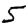
Digit: 5